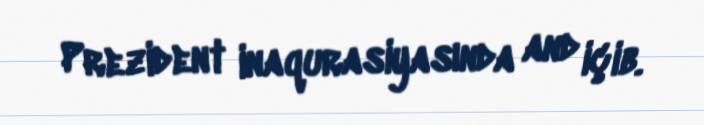
Prezident inaqurasiyasında and içib.